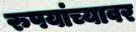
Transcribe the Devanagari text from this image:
रुपयांच्यावर